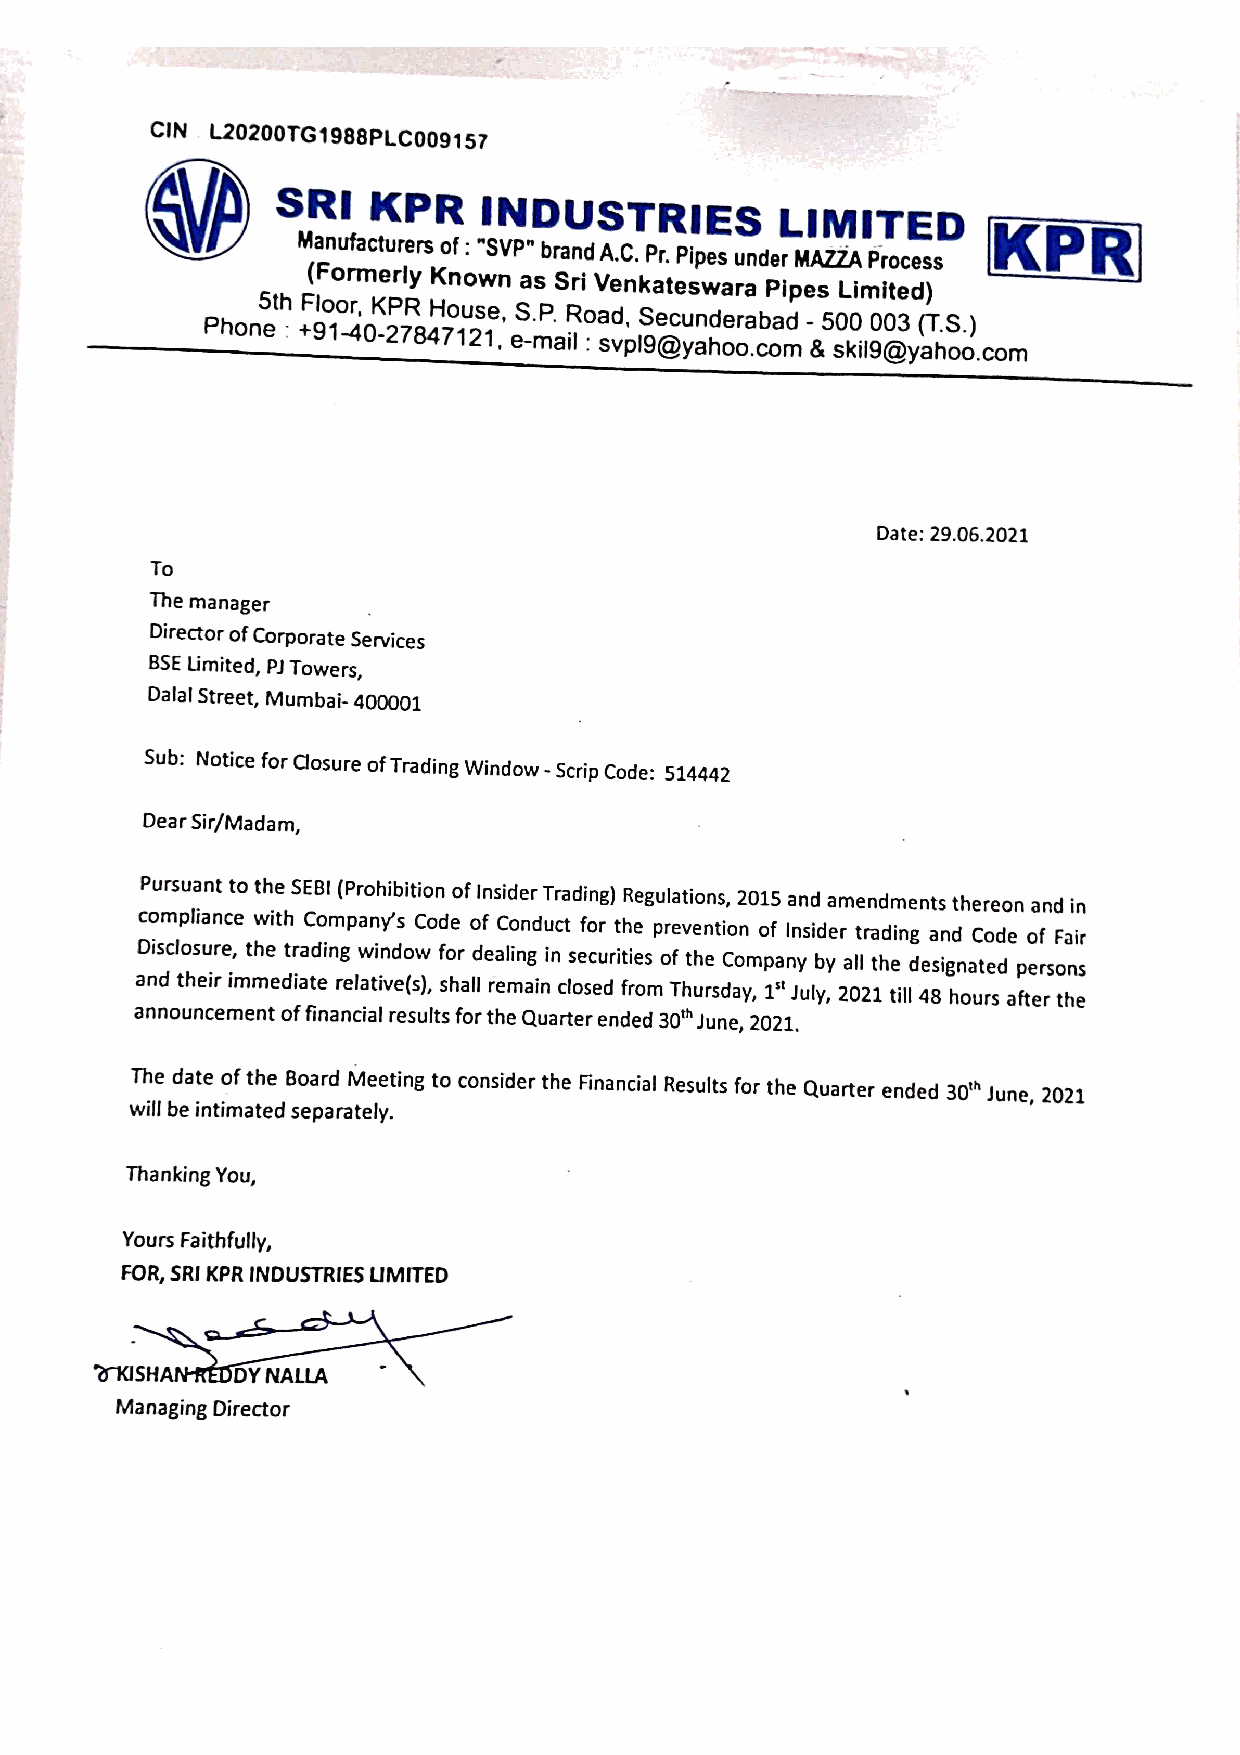
CIN L20200TG1988PLC0091
 57
 SR MaI
 nu
 factK urP ersR
 o f :
 “I SVPN
 ”
 D brU andS A.T
 C.
 R Pr.I PE ipeS
 s u nder
 L MI AZM ZAI PT roE cesD
 s
 KP  R
 (Formerly Known as Sri Venkateswara Pipes Limited)
 PhoneS th - +Fl 9o 1o -r, 4 0-K 2P 7R 8 47Ho 1u 2s 1e ,, eS -. mP a. ilR -o ad S,
 v
 p|S 9e @c yun ad he or oa .b ca od
 m
 -
 &
 50 s0
 k
 il00 93
 @
 y( aT. hS o. o)
 .com
 Date: 29.06.2021
 To
 The manager
 .
 Director of Corporate Services
 BSE Limited, PJ Towers,
 Dalal Street, Mumbai- 400001
 Sub: Notice for Closure of Trading Window - Scrip Code: 514442
 Dear Sir/Madam,
 Pursuant to the SEBI (Prohibition of Insider Trading) Regulations, 2015 and amendments thereon and in
 Dc io sm cp ll oi sua rn ec ,e thw ei th
 t
 raC do im ngp an wy i' ns
 d
 owC od fe
 o r
 o df
 e
 alC io nn gd uc int sef co ur
 r
 itth ie
 e s
 p or fe v te hn et io Cn
 o
 mpo af nyIn si bd ye r allt ra thd ei ng
 d
 esa in gd natC eo dd e peof
 r
 soF nai sr
 and their immediate relative(s), shall remain closed from Thursday, 1° July, 2021 till 48 hours after the
 announcement of financial results for the Quarter ended 30" June, 2021.
 The date of the Board Meeting to consider the Financial Results for the Quarter ended 30" June, 2021
 will be intimated separately.
 Thanking You,
 Yours Faithfully,
 FOR, SRI KPR INDUSTRIES LIMITED
 OKISHA   DY NALLA  °
 ’
 Managing Director